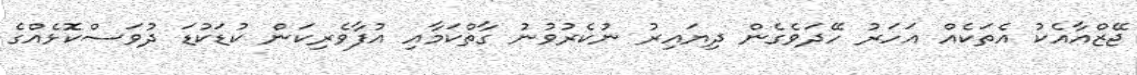
ޖޭޒްއާއެކު އެތަކެއް އަހަރު ހޭދަވެގެން ދިޔައިރު ނުކެރުވުނު ގާތްކަމާއި އުފާވެރިކަން ކުޑަކުޑަ ދުވަސްކޮޅެއްގެ